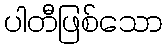
ပါတီဖြစ်သော